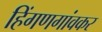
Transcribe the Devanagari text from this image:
हिंगणगांवकर